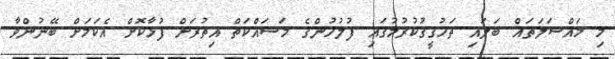
މި މައްސަލަތައް ބަލައި ތަހުގީގުކުރުމުގައި ފުލުހުންގެ މަސައްކަތް އިތުރަށް ފުޅާކޮށް އެކަމަށް ބޭނުންވާ